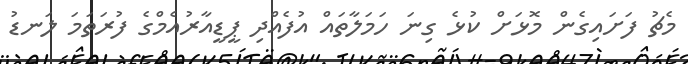
މެޗު ފަށައިގެން މޮޅަށް ކުޅެ ގިނަ ހަމަލާތައް އުފެއްދި ޕީޑީއާރުއެމްގެ ފުރަތަމަ ލަނޑު